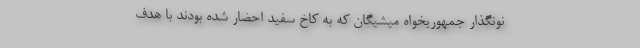
نونگذار جمهوریخواه میشیگان که به کاخ سفید احضار شده بودند با هدف